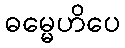
ဓမ္မေဟိပေ